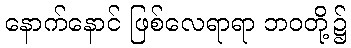
နောက်နောင် ဖြစ်လေရာရာ ဘဝတို့၌